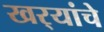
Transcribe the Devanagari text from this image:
खर्‍यांचे